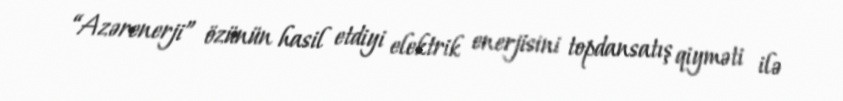
“Azərenerji” özünün hasil etdiyi elektrik enerjisini topdansatış qiyməti ilə